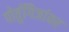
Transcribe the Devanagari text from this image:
पोर्तुगिजांवर